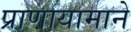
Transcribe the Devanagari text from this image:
प्राणायामाने